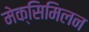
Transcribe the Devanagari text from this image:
मेक्सिमिलन